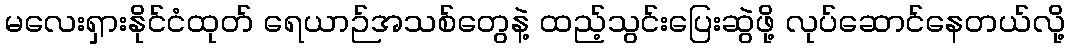
မလေးရှားနိုင်ငံထုတ် ရေယာဉ်အသစ်တွေနဲ့ ထည့်သွင်းပြေးဆွဲဖို့ လုပ်ဆောင်နေတယ်လို့